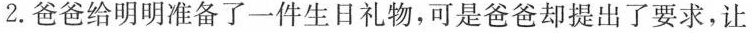
2.爸爸给明明准备了一件生日礼物，可是爸爸却提出了要求，让